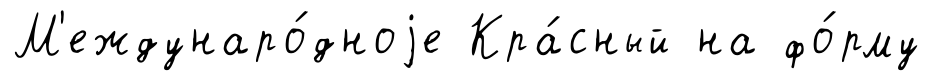
М'еждунаро́дноjе Кра́сный на фо́рму